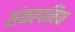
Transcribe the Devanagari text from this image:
संकल्पनिक